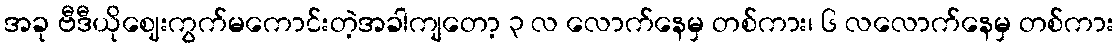
အခု ဗီဒီယိုဈေးကွက်မကောင်းတဲ့အခါကျတော့ ၃ လ လောက်နေမှ တစ်ကား၊ ၆ လလောက်နေမှ တစ်ကား